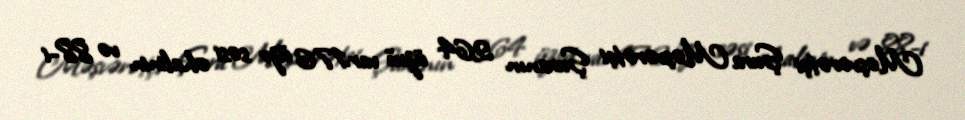
Məşvərətçi Şura Məşvərətçi Şuranın 264 üzvü var.176 üzv səsi əhalinin və 88-i